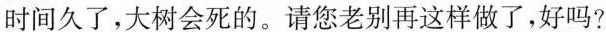
时间久了，大树会死的。请您老别再这样做了，好吗?